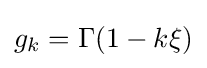
g_{k}=\Gamma (1-k\xi )